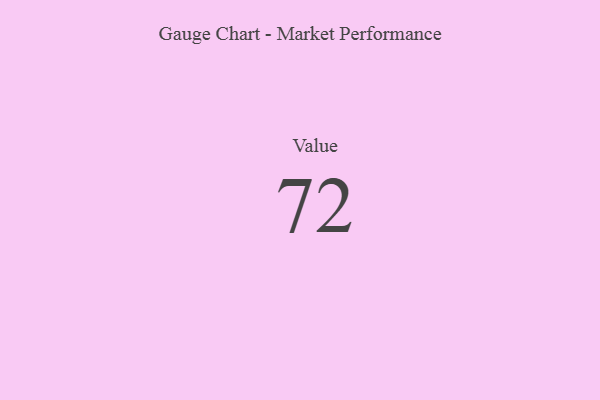
{"axis": {"x": "Metric", "y": "Value"}, "legend": [""], "data": [{"x": "Value", "y": 72, "type": ""}]}